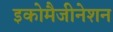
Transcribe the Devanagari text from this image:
इकोमैजीनेशन